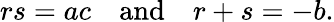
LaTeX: rs=ac\quad{\mathrm{and}}\quad r+s=-b.